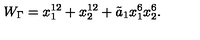
W _ { \Gamma } = x _ { 1 } ^ { 1 2 } + x _ { 2 } ^ { 1 2 } + { \tilde { a } _ { 1 } } x _ { 1 } ^ { 6 } x _ { 2 } ^ { 6 } .